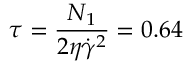
\tau = \frac { N _ { 1 } } { 2 \eta \dot { \gamma } ^ { 2 } } = 0 . 6 4